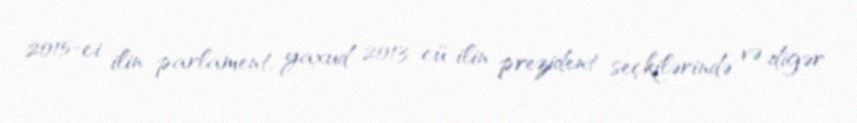
2015-ci ilin parlament, yaxud 2013-cü ilin prezident seçkilərində və digər